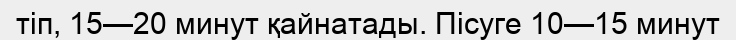
тіп, 15—20 минут қайнатады. Пісуге 10—15 минут